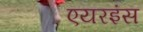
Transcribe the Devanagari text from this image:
एयरइंस